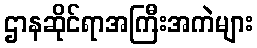
ဌာနဆိုင်ရာအကြီးအကဲများ